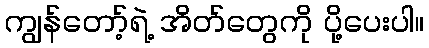
ကျွန်တော့်ရဲ့ အိတ်တွေကို ပို့ပေးပါ။